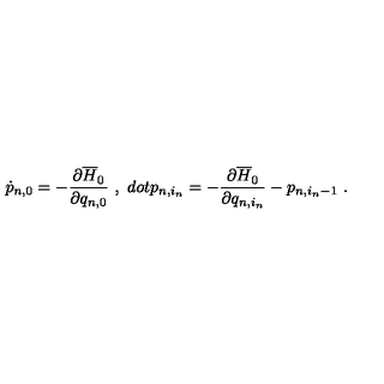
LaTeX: \dot { p } _ { n , 0 } = - \frac { \partial \overline { { H } } _ { 0 } } { \partial q _ { n , 0 } } \ , \ d o t { p } _ { n , i _ { n } } = - \frac { \partial \overline { { H } } _ { 0 } } { \partial q _ { n , i _ { n } } } - p _ { n , i _ { n } - 1 } \ .